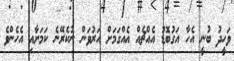
ވަހީދު ބުނީ އެހާ އަގުބޮޑު އެއްޗެއް އެއްގަމަށް އަރުވަން ނުކެރޭނެ ކަމަށާއި އެހެންވެ